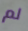
لم